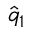
\hat { q } _ { 1 }